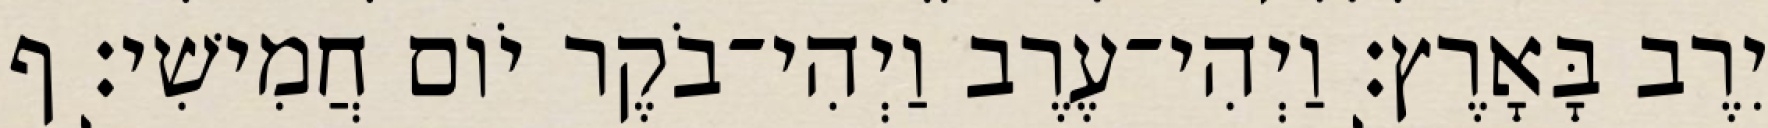
יִרֶב בָּאָרֶץ׃ וַיְהִי־עֶרֶב וַיְהִי־בֹקֶר יֹום חֲמִישִׁי׃ ף